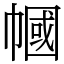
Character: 幗